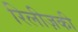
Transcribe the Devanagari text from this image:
रिलीज़की